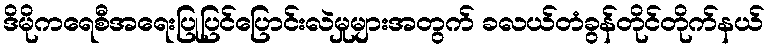
ဒိမိုကရေစီအရေးပြုပြင်ပြောင်းလဲမှုများအတွက် ခလယ်တံခွန်တိုင်တိုက်နယ်